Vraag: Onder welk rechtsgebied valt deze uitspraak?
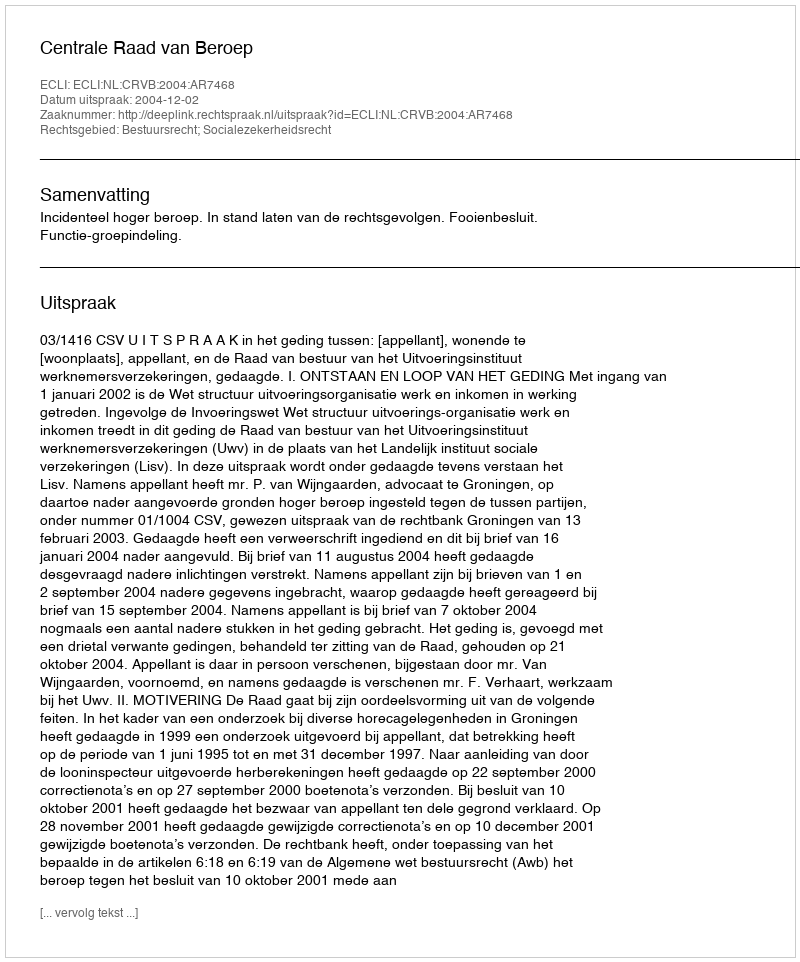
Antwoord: Bestuursrecht; Socialezekerheidsrecht